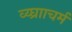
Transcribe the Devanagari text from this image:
व्य्घ्रााचर्म